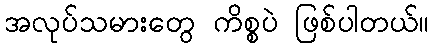
အလုပ်သမားတွေ ကိစ္စပဲ ဖြစ်ပါတယ်။